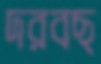
দরবছ